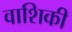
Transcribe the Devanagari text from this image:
वाशिकी